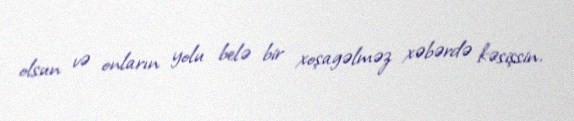
olsun və onların yolu belə bir xoşagəlməz xəbərdə kəsişsin.